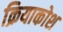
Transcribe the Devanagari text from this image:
क्रियाकोश